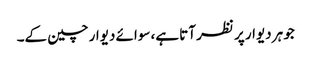
جو ہر دیوار پر نظر آتا ہے، سوائے دیوار چین کے۔